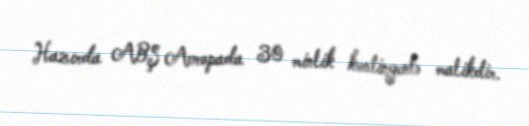
Hazırda ABŞ Avropada 30 minlik kontingentə malikdir.